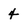
Character: 4